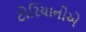
ટોરિયાનોએ